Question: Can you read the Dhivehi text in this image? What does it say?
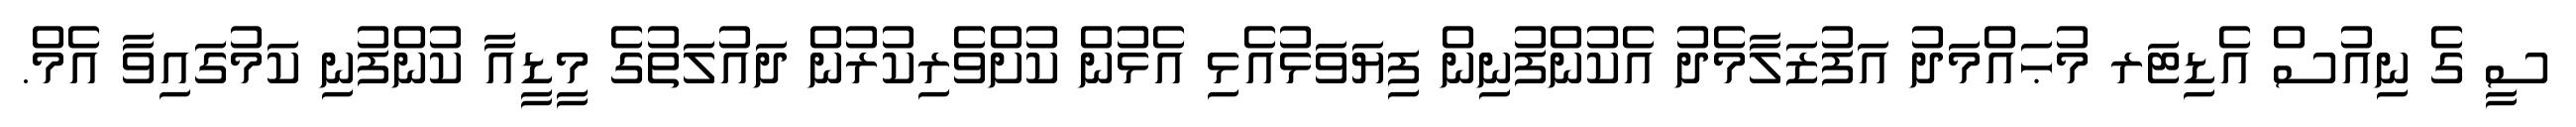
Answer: ސީ ގެ ނިއުސް އެޑިޓަރ މުޙައްމަދު އަފުޒަލާމެދު އެކުންފުނިން ފިޔަވަޅުއެޅި އެޅުން ކުށްވެރިކުރުން ދައުލަތުގެ މީޑީއާ ކުންފުނި ކަމުގައިވާ އެމް.